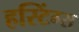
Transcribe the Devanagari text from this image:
हस्टिंग्स